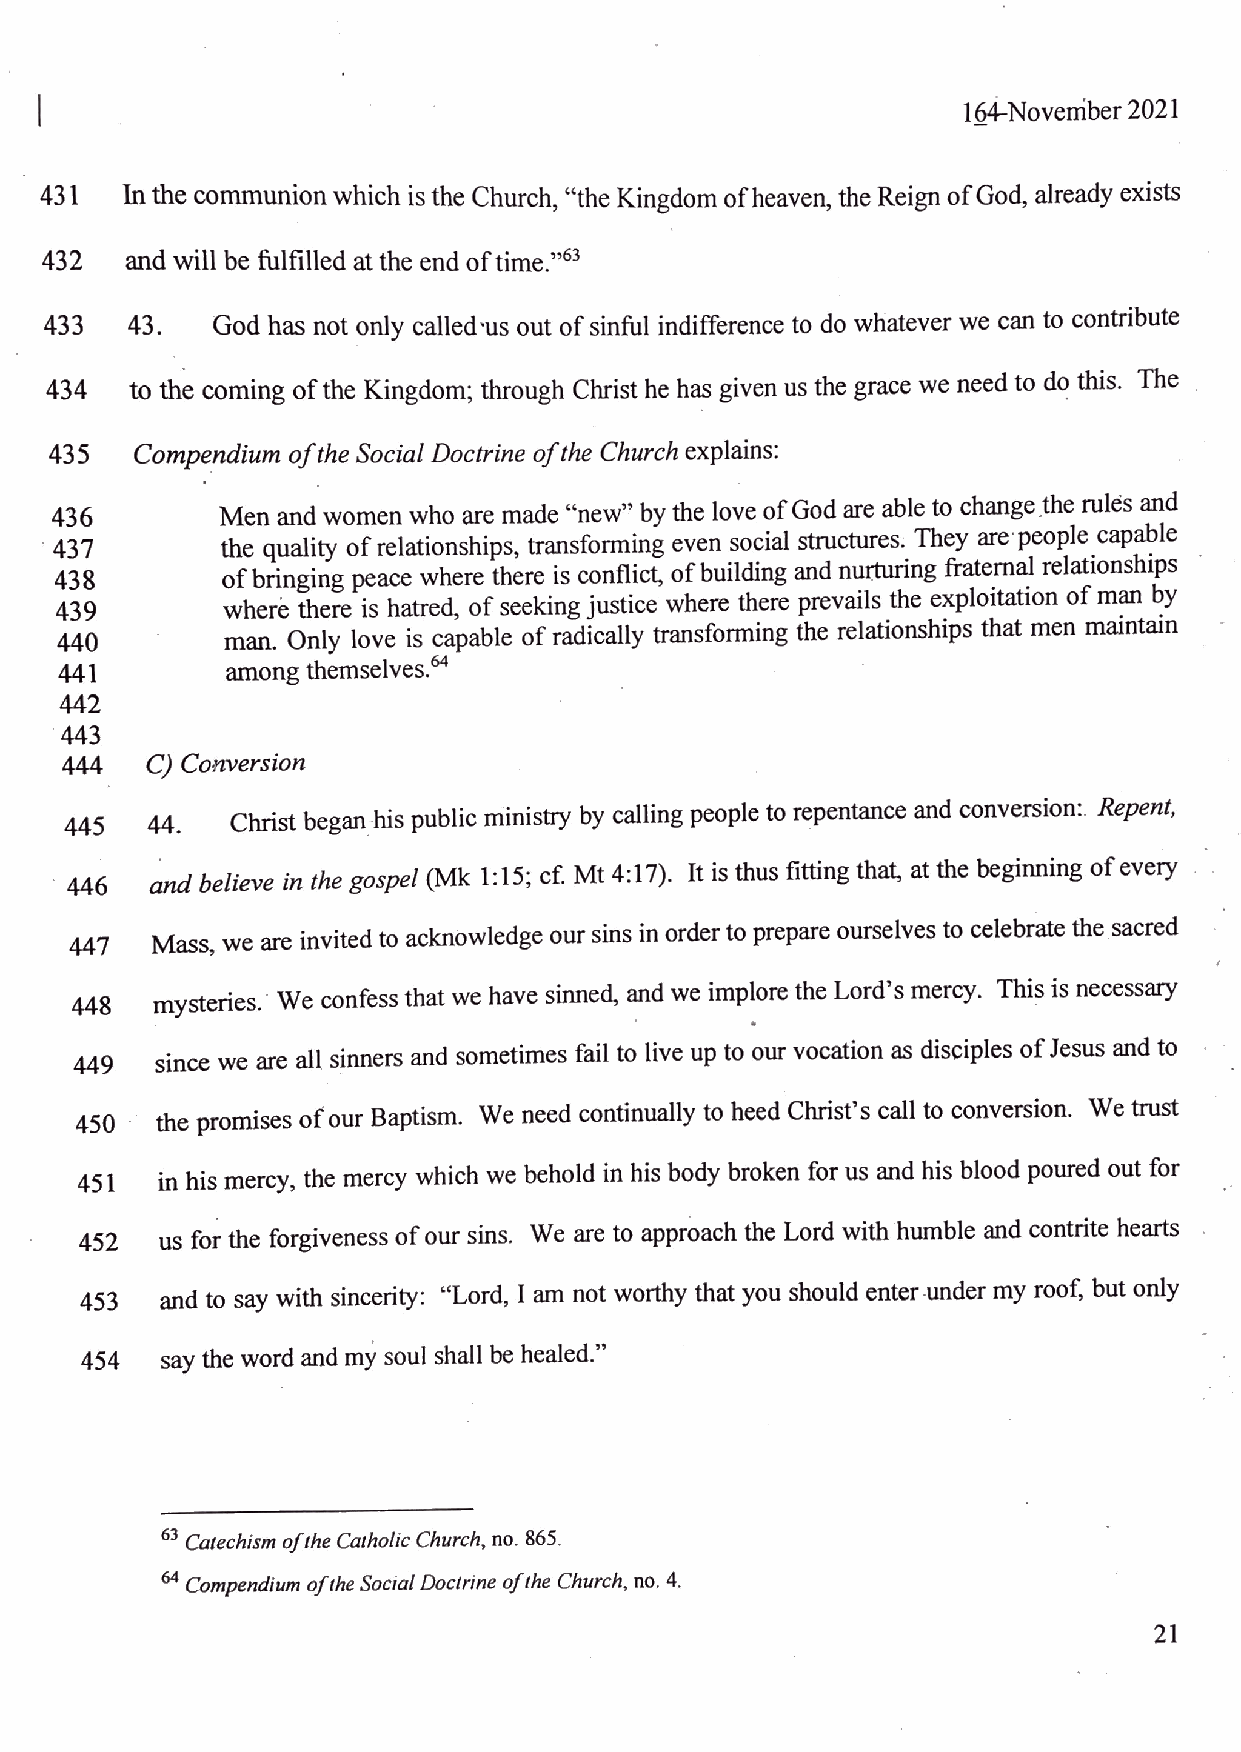
164-November 2021
 431
 In the communion which is the Church, ?theKingdom ofheaven, theReign ofGod, alreadyexists
 432  andwill be fulfilled atthe endoftime.?
 433  43.   God has not only called-us out of sinful indifference to do whatever we can to contribute
 to the coming of the Kingdom; through Christ he hasgiven usthe grace we needto do this. The |
 Compendium oftheSocial Doctrine ofthe Church explains:
 Men and women who are made ?new? by the love of God are able to changethe rulés and
 the quality of relationships, transforming even social structures. They are?people capable
 of bringing peace where there is conflict, of building and nurturing fraternal relationships *
 where there is hatred, of seeking justice where there prevails the exploitation of man by
 man. Only love is capable of radically transforming the relationships that men maintain
 among themselves.?
 C) Conversion
 44. ? Christ began his public ministry by calling people to repentance and conversion:. Repent,
 445
 446   and believe in thegospel (Mk 1:15; cf. Mt 4:17). It is thus fitting that, at the beginning of every ,
 Mass, we are invited to acknowledge our sins in order to prepareourselves to celebratethe sacred
 447
 448  mysteries. We confessthat we have sinned, andwe implore the Lord?smercy. This is necessary
 since we are all sinners and sometimes fail to live up toour vocation as disciples of Jesus and to
 449
 the promises of our Baptism. We needcontinually to heedChrist?s call to conversion. We trust
 450 ?
 451  in his mercy, the mercy which we behold in his body broken for us and his blood poured out for
 us for the forgiveness of our sins. We are toapproach the Lord with humble and contrite hearts .
 452
 453  and to say with sincerity: ?Lord, I am not worthy that you should enter-under my roof, but only
 454   say the word and my soul shall behealed.?
 §3 Catechism ofthe Catholic Church, no. 865.
 4 Compendium oftheSocialDoctrine ofthe Church, no. 4.
 21